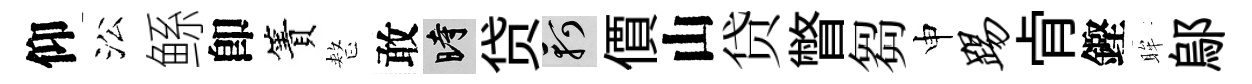
仰㳂鲧卽簀整敢时贷軻價山贷瞥芻申踢肻鏗眸鄔